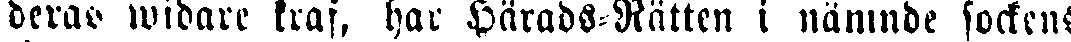
deras widare kraf, har Härads-Rätten i nämnde sockens